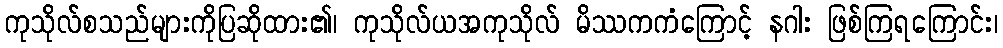
ကုသိုလ်စသည်များကိုပြဆိုထား၏၊ ကုသိုလ်ယအကုသိုလ် မိဿကကံကြောင့် နဂါး ဖြစ်ကြရကြောင်း၊